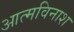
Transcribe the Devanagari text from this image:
आत्मविनाश